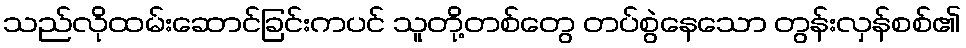
သည်လိုထမ်းဆောင်ခြင်းကပင် သူတို့တစ်တွေ တပ်စွဲနေသော တွန်းလှန်စစ်၏